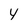
Character: y